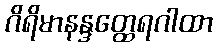
ဂိရိမာနန္ဒတ္ထေရဂါထာ